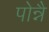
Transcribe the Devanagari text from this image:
पोन्नै